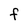
Character: f